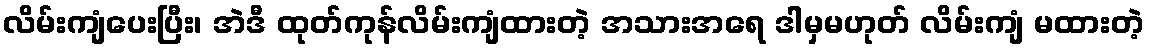
လိမ်းကျံပေးပြီး၊ အဲဒီ ထုတ်ကုန်လိမ်းကျံထားတဲ့ အသားအရေ ဒါမှမဟုတ် လိမ်းကျံ မထားတဲ့